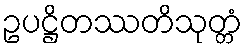
ဥပဋ္ဌိတဿတိသုတ္တံ